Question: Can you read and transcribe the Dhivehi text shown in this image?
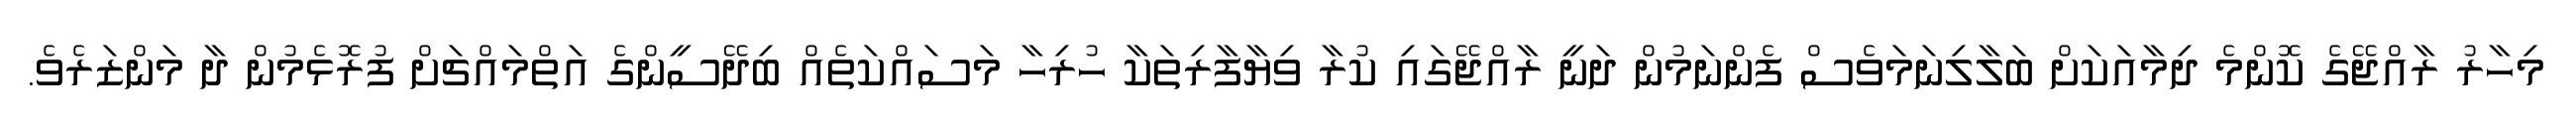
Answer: މިހާރު ރާއްޖޭގެ ކޮންމެ ދިމާއަކަށް ބަލާލިނަމަވެސް ފެންނަމުން ދަނީ ރާއްޖޭގައި ކުރާ ވިޔާފާރިތަކާ ހުރިހާ މަސައްކަތެއް ބިދޭސީންގެ އަތްމައްޗަށް ފުރޮޅެމުން ދާ މަންޒަރެވެ.